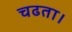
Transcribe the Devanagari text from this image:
चढता।